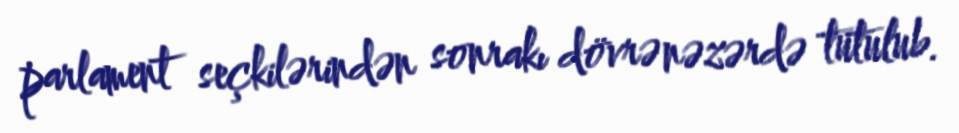
parlament seçkilərindən sonrakı dövrə nəzərdə tutulub.